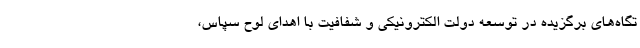
تگاه‌های برگزیده در توسعه دولت الکترونیکی و شفافیت با اهدای لوح سپاس،